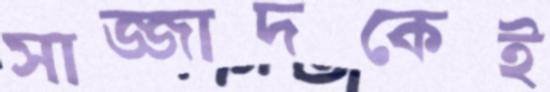
সাজ্জাদকেই